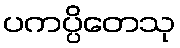
ပကပ္ပိတေသု